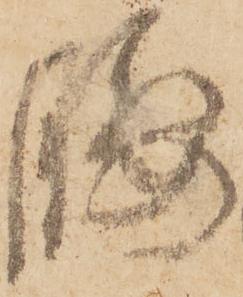
腰